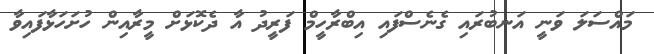
މައްސަލަ ވަނީ އަނބުރައި ގެނެސްފައި އިބްރާހީމް ފަރީދު އާ ދެކޮޅަށް މީރާއިން ހުށަހަޅާފައިވާ